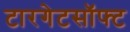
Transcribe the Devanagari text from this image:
टारगेटसॉफ्ट